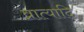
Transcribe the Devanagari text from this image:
व्रात्यादि